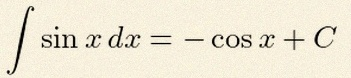
\int \sin x\,dx=-\cos x+C